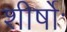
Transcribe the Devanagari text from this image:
शीर्षोॱ